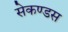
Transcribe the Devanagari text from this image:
सेकण्डस